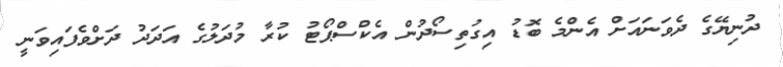
ދުނިޔޭގެ ދެވަނައަށް އެންމެ ބޮޑު އިގުތިސޯދުން އެކްސްޕޯޓު ކުރާ މުދަލުގެ އަދަދު ދަށްވެފައިވަނީ